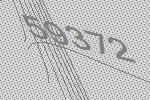
59372